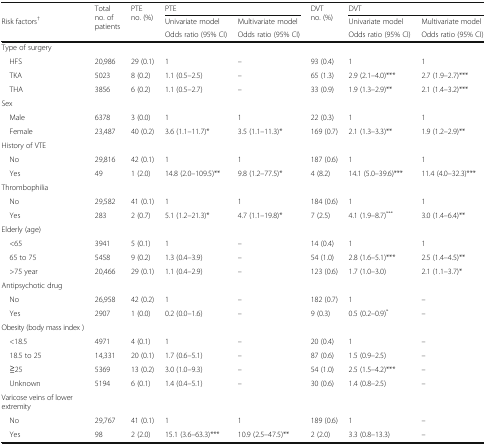
<table><thead><tr><td></td><td rowspan="3"><b>Total no. of patients</b></td><td rowspan="3"><b>PTE no. (%)</b></td><td colspan="2"><b>PTE</b></td><td rowspan="3"><b>DVT no. (%)</b></td><td colspan="2"><b>DVT</b></td></tr><tr><td><b>Risk factors<sup>†</sup></b></td><td><b>Univariate model</b></td><td><b>Multivariate model</b></td><td><b>Univariate model</b></td><td><b>Multivariate model</b></td></tr><tr><td></td><td><b>Odds ratio (95% CI)</b></td><td><b>Odds ratio (95% CI)</b></td><td><b>Odds ratio (95% CI)</b></td><td><b>Odds ratio (95% CI)</b></td></tr></thead><tbody><tr><td>Type of surgery</td><td></td><td></td><td></td><td></td><td></td><td></td><td></td></tr><tr><td> HFS</td><td>20,986</td><td>29 (0.1)</td><td>1</td><td>–</td><td>93 (0.4)</td><td>1</td><td>1</td></tr><tr><td> TKA</td><td>5023</td><td>8 (0.2)</td><td>1.1 (0.5–2.5)</td><td>–</td><td>65 (1.3)</td><td>2.9 (2.1–4.0)***</td><td>2.7 (1.9–2.7)***</td></tr><tr><td> THA</td><td>3856</td><td>6 (0.2)</td><td>1.1 (0.5–2.7)</td><td>–</td><td>33 (0.9)</td><td>1.9 (1.3–2.9)**</td><td>2.1 (1.4–3.2)***</td></tr><tr><td>Sex</td><td></td><td></td><td></td><td></td><td></td><td></td><td></td></tr><tr><td> Male</td><td>6378</td><td>3 (0.0)</td><td>1</td><td>1</td><td>22 (0.3)</td><td>1</td><td>1</td></tr><tr><td> Female</td><td>23,487</td><td>40 (0.2)</td><td>3.6 (1.1–11.7)*</td><td>3.5 (1.1–11.3)*</td><td>169 (0.7)</td><td>2.1 (1.3–3.3)**</td><td>1.9 (1.2–2.9)**</td></tr><tr><td>History of VTE</td><td></td><td></td><td></td><td></td><td></td><td></td><td></td></tr><tr><td> No</td><td>29,816</td><td>42 (0.1)</td><td>1</td><td>1</td><td>187 (0.6)</td><td>1</td><td>1</td></tr><tr><td> Yes</td><td>49</td><td>1 (2.0)</td><td>14.8 (2.0–109.5)**</td><td>9.8 (1.2–77.5)*</td><td>4 (8.2)</td><td>14.1 (5.0–39.6)***</td><td>11.4 (4.0–32.3)***</td></tr><tr><td>Thrombophilia</td><td></td><td></td><td></td><td></td><td></td><td></td><td></td></tr><tr><td> No</td><td>29,582</td><td>41 (0.1)</td><td>1</td><td>1</td><td>184 (0.6)</td><td>1</td><td>1</td></tr><tr><td> Yes</td><td>283</td><td>2 (0.7)</td><td>5.1 (1.2–21.3)*</td><td>4.7 (1.1–19.8)*</td><td>7 (2.5)</td><td>4.1 (1.9–8.7)<sup>***</sup></td><td>3.0 (1.4–6.4)**</td></tr><tr><td>Elderly (age)</td><td></td><td></td><td></td><td></td><td></td><td></td><td></td></tr><tr><td> &lt;65</td><td>3941</td><td>5 (0.1)</td><td>1</td><td>–</td><td>14 (0.4)</td><td>1</td><td>1</td></tr><tr><td> 65 to 75</td><td>5458</td><td>9 (0.2)</td><td>1.3 (0.4–3.9)</td><td>–</td><td>54 (1.0)</td><td>2.8 (1.6–5.1)***</td><td>2.5 (1.4–4.5)**</td></tr><tr><td> &gt;75 year</td><td>20,466</td><td>29 (0.1)</td><td>1.1 (0.4–2.9)</td><td>–</td><td>123 (0.6)</td><td>1.7 (1.0–3.0)</td><td>2.1 (1.1–3.7)*</td></tr><tr><td>Antipsychotic drug</td><td></td><td></td><td></td><td></td><td></td><td></td><td></td></tr><tr><td> No</td><td>26,958</td><td>42 (0.2)</td><td>1</td><td>–</td><td>182 (0.7)</td><td>1</td><td>–</td></tr><tr><td> Yes</td><td>2907</td><td>1 (0.0)</td><td>0.2 (0.0–1.6)</td><td>–</td><td>9 (0.3)</td><td>0.5 (0.2–0.9)<sup>*</sup></td><td>–</td></tr><tr><td>Obesity (body mass index )</td><td></td><td></td><td></td><td></td><td></td><td></td><td></td></tr><tr><td> &lt;18.5</td><td>4971</td><td>4 (0.1)</td><td>1</td><td>–</td><td>20 (0.4)</td><td>1</td><td>–</td></tr><tr><td> 18.5 to 25</td><td>14,331</td><td>20 (0.1)</td><td>1.7 (0.6–5.1)</td><td>–</td><td>87 (0.6)</td><td>1.5 (0.9–2.5)</td><td>–</td></tr><tr><td> ≧25</td><td>5369</td><td>13 (0.2)</td><td>3.0 (1.0–9.3)</td><td>–</td><td>54 (1.0)</td><td>2.5 (1.5–4.2)***</td><td>–</td></tr><tr><td> Unknown</td><td>5194</td><td>6 (0.1)</td><td>1.4 (0.4–5.1)</td><td>–</td><td>30 (0.6)</td><td>1.4 (0.8–2.5)</td><td>–</td></tr><tr><td>Varicose veins of lower extremity</td><td></td><td></td><td></td><td></td><td></td><td></td><td></td></tr><tr><td> No</td><td>29,767</td><td>41 (0.1)</td><td>1</td><td>1</td><td>189 (0.6)</td><td>1</td><td>–</td></tr><tr><td> Yes</td><td>98</td><td>2 (2.0)</td><td>15.1 (3.6–63.3)***</td><td>10.9 (2.5–47.5)**</td><td>2 (2.0)</td><td>3.3 (0.8–13.3)</td><td>–</td></tr></tbody></table>